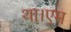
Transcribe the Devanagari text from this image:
था।एम